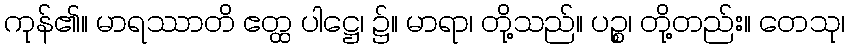
ကုန်၏။ မာရဿာတိ ဧတ္ထ ပါဋ္ဌေ၊ ၌။ မာရာ၊ တို့သည်။ ပဉ္စ၊ တို့တည်း။ တေသု၊